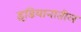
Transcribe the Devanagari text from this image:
इंडियानातील